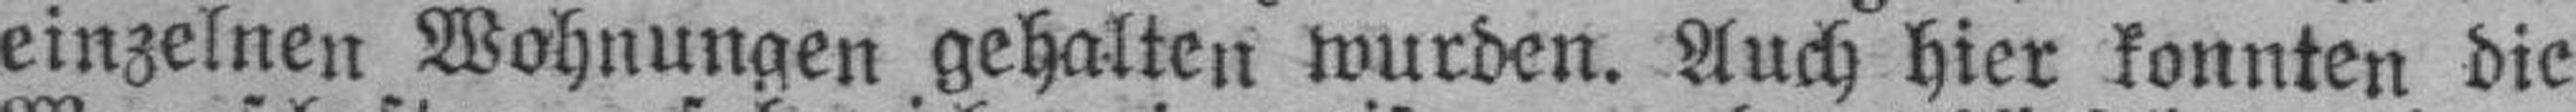
einzelnen Wohnungen gehalten wurden. Auch hier konnten die